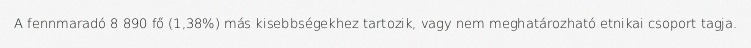
A fennmaradó 8 890 fő (1,38%) más kisebbségekhez tartozik, vagy nem meghatározható etnikai csoport tagja.